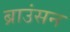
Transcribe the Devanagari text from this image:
ब्राउंसन